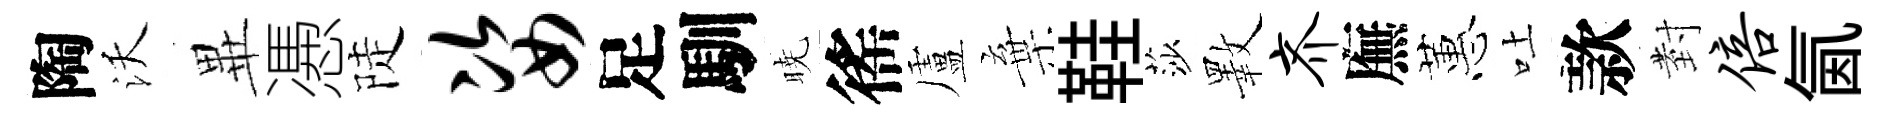
陶沃𭺾慿陡姿足馴暁徭盧棄鞋莎斁齐廡蕙吐款𭔹倍氤